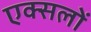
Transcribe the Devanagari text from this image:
एक्सलों